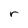
Character: r